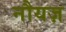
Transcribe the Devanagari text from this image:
नौयज़